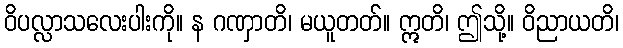
ဝိပလ္လာသလေးပါးကို။ န ဂဏှာတိ၊ မယူတတ်။ ဣတိ၊ ဤသို့။ ဝိညာယတိ၊